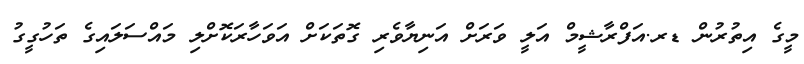
މީގެ އިތުރުން ޑރ.އަފްރާޝީމް އަލީ ވަރަށް އަނިޔާވެރި ގޮތަކަށް އަވަހާރަކޮށްލި މައްސަލައިގެ ތަހުގީގު